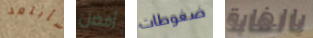
سأبتعد أفضل ضغوطات بالغابة